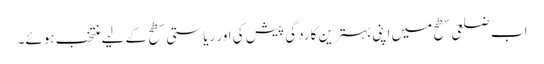
اب ضلعی سطح میں اپنی بہترین کاردگی پیش کی اور ریاستی سطح کے لیے منتخب ہوئے۔